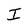
Character: I